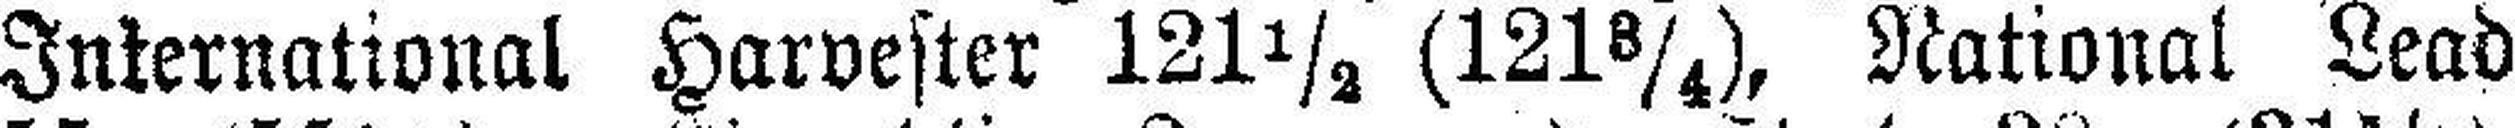
International Harvester 121½ (121¾), National Lead